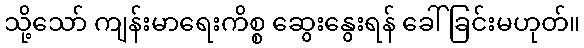
သို့သော် ကျန်းမာရေးကိစ္စ ဆွေးနွေးရန် ခေါ်ခြင်းမဟုတ်။